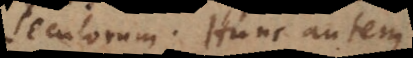
seculorum. Hunc autem